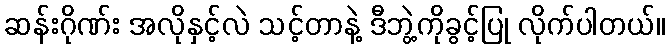
ဆန်းဂိုဏ်း အလိုနှင့်လဲ သင့်တာနဲ့ ဒီဘွဲ့ကိုခွင့်ပြု လိုက်ပါတယ်။